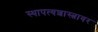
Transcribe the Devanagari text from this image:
स्थापत्यशास्त्रावर